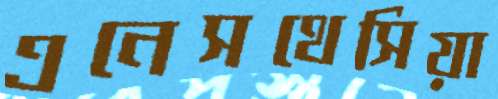
এনেসথেসিয়া